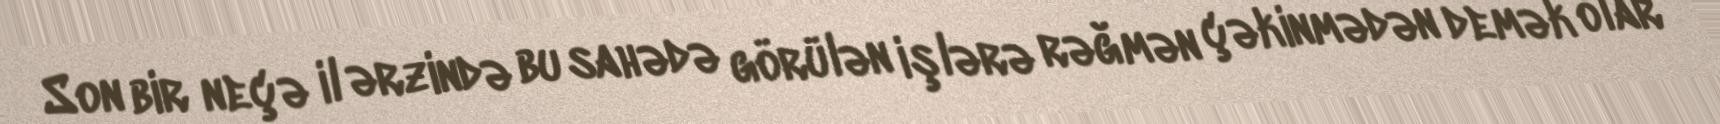
Son bir neçə il ərzində bu sahədə görülən işlərə rəğmən çəkinmədən demək olar